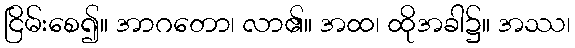
ငြိမ်းစေ၍။ အာဂတော၊ လာ၏။ အထ၊ ထိုအခါ၌။ အဿ၊